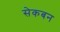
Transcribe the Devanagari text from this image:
सेकबन